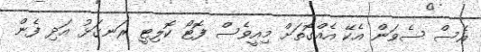
އެސް ސެވަން އެކޭ އެއްގޮތަށް މިއީވެސް ފޮޓޯ ކޮލިޓީ ރަނގަޅު އަދި ފެން